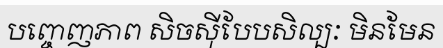
បញ្ចេញភាព សិចស៊ីបែបសិល្បៈ មិនមែន